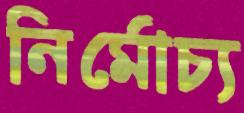
নির্মোচ্য